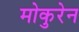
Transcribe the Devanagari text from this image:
मोकुरेन